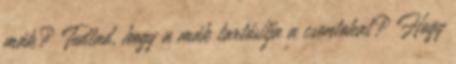
mák? Tudtad, hogy a mák tartósítja a csontokat? Hogy